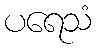
ပရေသံ